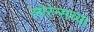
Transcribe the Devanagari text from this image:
लोरेन्सच्या